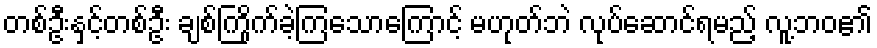
တစ်ဦးနှင့်တစ်ဦး ချစ်ကြိုက်ခဲ့ကြသောကြောင့် မဟုတ်ဘဲ လုပ်ဆောင်ရမည့် လူ့ဘဝ၏